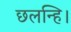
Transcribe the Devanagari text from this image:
छलन्हि।